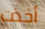
أخذت